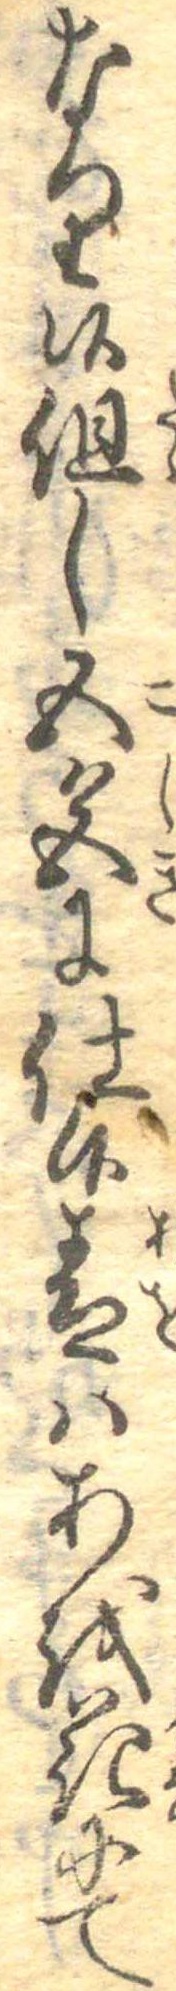
なり候但し五色に仕候青はあを花にて